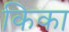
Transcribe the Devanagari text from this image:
किका